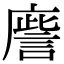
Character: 𢋀